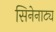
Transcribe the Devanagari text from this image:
सिनेनाट्य